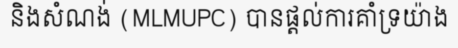
និងសំណង់ (MLMUPC) បានផ្តល់ការគាំទ្រយ៉ាង